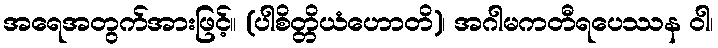
အရေအတွက်အားဖြင့်။ (ပါစိတ္တိယံဟောတိ)၊ အဂါမကတီရပေဿန ဝါ၊